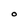
Character: 0